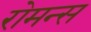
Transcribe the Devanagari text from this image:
रोमन्स